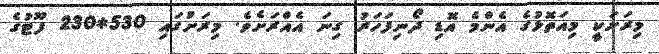
މިރަށަކީ މިއަތޮޅުގެ އެންމެ އޮޑި ދޯނިފަހަރު ގިނަ އެއްރަށެވެ. މިރަށުގައި 530*230 ފޫޓުގެ